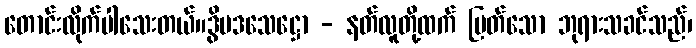
တောင်းလိုက်ပါသေးတယ်။ဒွိပဒသေဋ္ဌော - နတ်လူတို့ထက် မြတ်သော ဘုရားသခင်သည်၊